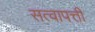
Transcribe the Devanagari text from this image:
सत्वापत्ती